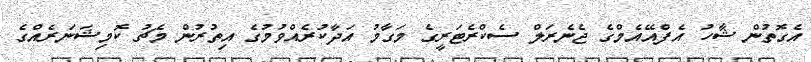
އެގޮތުން ޝާހު އެފްއޭއެމްގެ ޖެނެރަލް ސެކްރެޓަރީގެ މަގާމު އަދާކުރެއްވުމުގެ އިތުރުން މެޗު ކޮމިޝަނަރެއްގެ